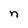
Character: n